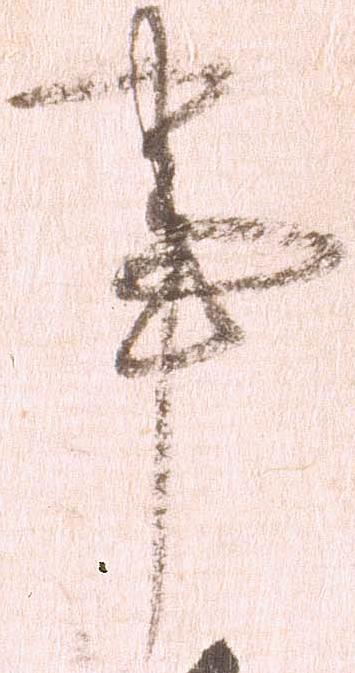
事